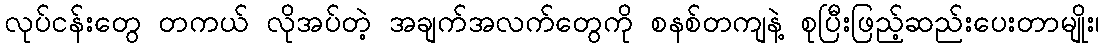
လုပ်ငန်းတွေ တကယ် လိုအပ်တဲ့ အချက်အလက်တွေကို စနစ်တကျနဲ့ စုပြီးဖြည့်ဆည်းပေးတာမျိုး၊